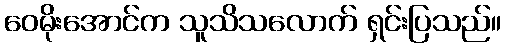
ဝေမိုးအောင်က သူသိသလောက် ရှင်းပြသည်။